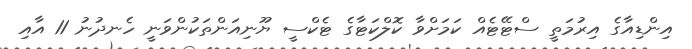
އިންޑިއާގެ އިރުމަތީ ސްޓޭޓެއް ކަމަށްވާ ކޮލްކަޓާގެ ޓެކްސީ ޔޫނިއަންތަކުންވަނީ ހެނދުނު 11 އާއި